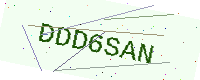
Text: DDD6SAN